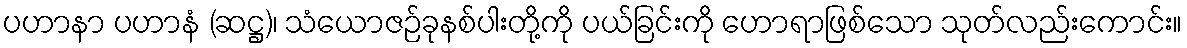
ပဟာနာ ပဟာနံ (ဆဋ္ဌ)၊ သံယောဇဉ်ခုနစ်ပါးတို့ကို ပယ်ခြင်းကို ဟောရာဖြစ်သော သုတ်လည်းကောင်း။